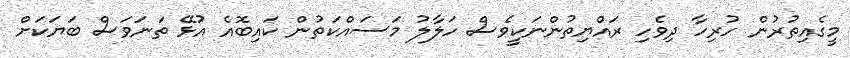
މީގެއިތުރުން ހުރިހާ ދިވެހި ރައްޔިތުންނަކީވެސް ހަލާލު މަސައްކަތުން ކައިބޮއެ އުޅޭ ތަނަވަސް ބަޔަކަށް